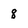
Character: 8